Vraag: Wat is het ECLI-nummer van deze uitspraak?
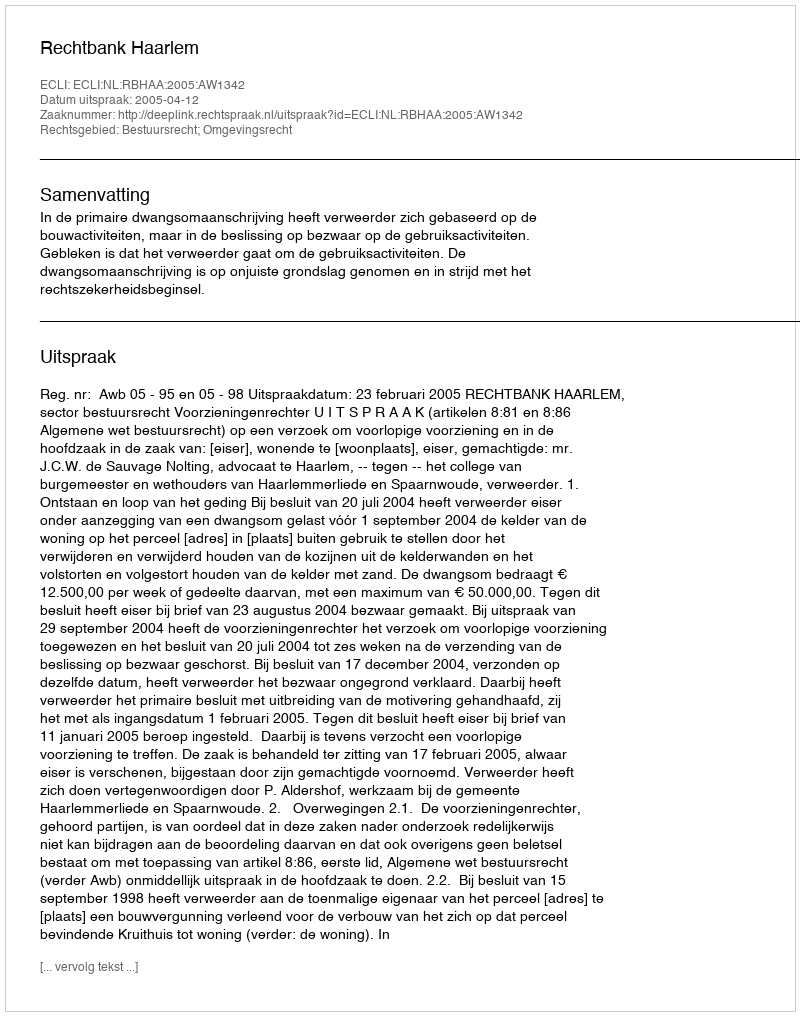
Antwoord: ECLI:NL:RBHAA:2005:AW1342